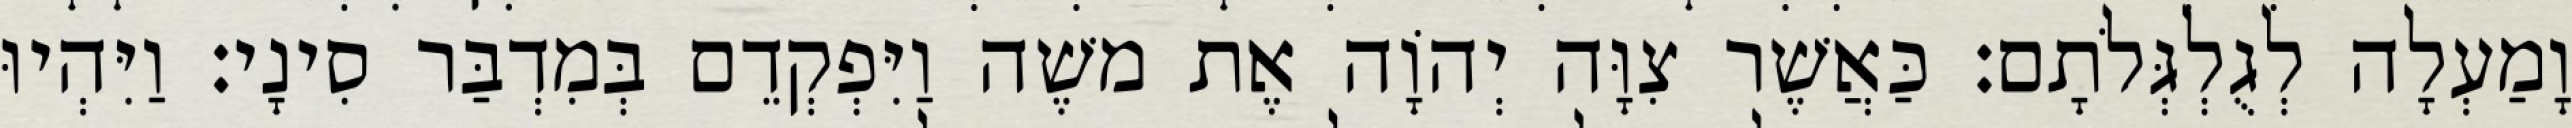
וָמַעְלָה לְגֻלְגְּלֹתָם׃ כַּאֲשֶׁר צִוָּה יְהוָֹה אֶת משֶׁה וַיִּפְקְדֵם בְּמִדְבַּר סִינָי׃ וַיִּהְיוּ